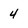
Character: 4